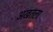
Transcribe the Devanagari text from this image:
अखतला